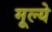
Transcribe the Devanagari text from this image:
मूल्‍ये